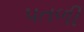
પતળી